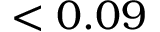
< 0 . 0 9